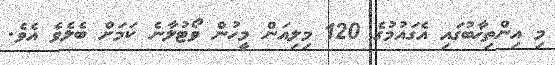
މި އިންތިޚާބުގައި އެގައުމުގެ 120 މިލިއަން މީހުން ވޯޓުލާނެ ކަމަށް ބެލެވެ އެވެ.